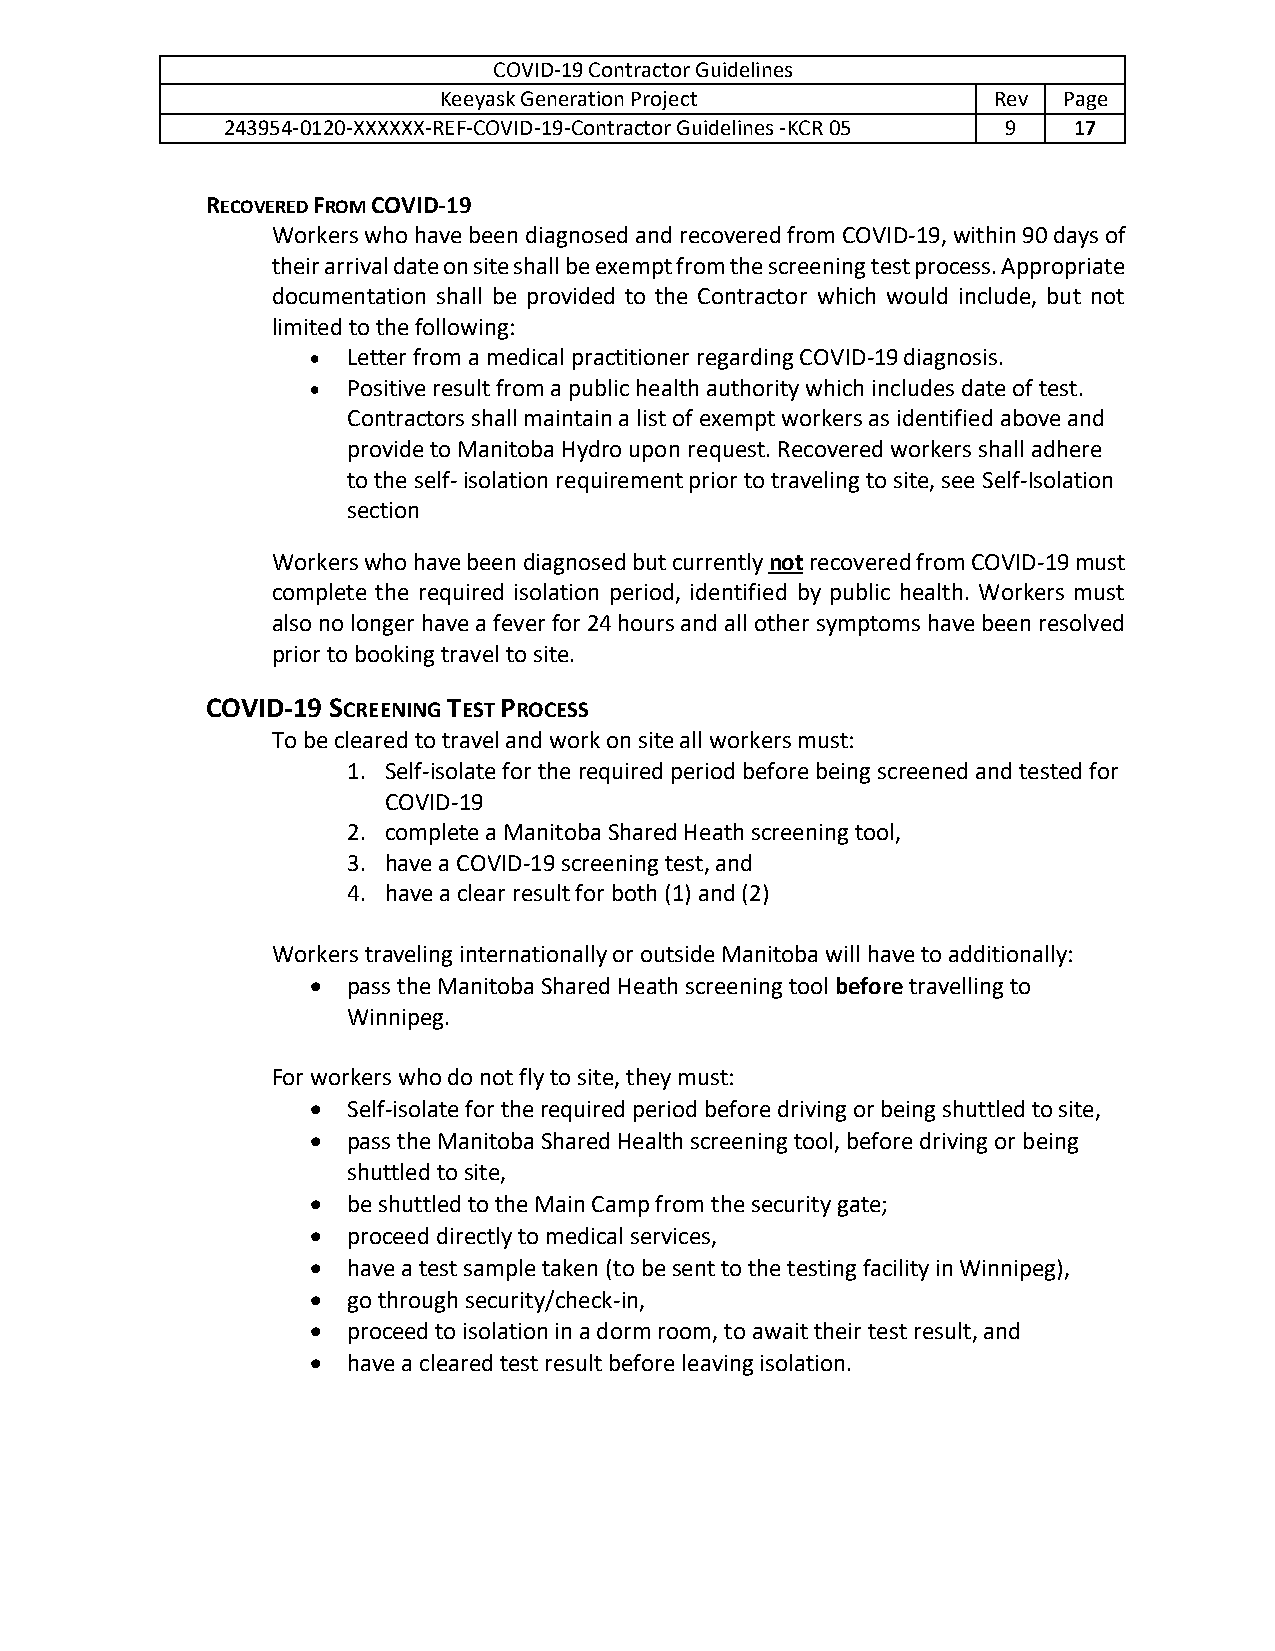
COVID-19 Contractor Guidelines
 Keeyask Generation Project           Rev Page
 243954-0120-XXXXXX-REF-COVID-19-Contractor Guidelines -KCR 05 9 17
 RECOVERED FROM COVID-19
 Workers who have been diagnosed and recovered from COVID-19, within 90 days of
 their arrival date on site shall be exempt from the screening test process. Appropriate
 documentation shall be provided to the Contractor which would include, but not
 limited to the following:
 •  Letter from a medical practitioner regarding COVID-19 diagnosis.
 •  Positive result from a public health authority which includes date of test.
 Contractors shall maintain a list of exempt workers as identified above and
 provide to Manitoba Hydro upon request. Recovered workers shall adhere
 to the self- isolation requirement prior to traveling to site, see Self-Isolation
 section
 Workers who have been diagnosed but currently not recovered from COVID-19 must
 complete the required isolation period, identified by public health. Workers must
 also no longer have a fever for 24 hours and all other symptoms have been resolved
 prior to booking travel to site.
 COVID-19 SCREENING TEST PROCESS
 To be cleared to travel and work on site all workers must:
 1. Self-isolate for the required period before being screened and tested for
 COVID-19
 2. complete a Manitoba Shared Heath screening tool,
 3. have a COVID-19 screening test, and
 4. have a clear result for both (1) and (2)
 Workers traveling internationally or outside Manitoba will have to additionally:
 •  pass the Manitoba Shared Heath screening tool before travelling to
 Winnipeg.
 For workers who do not fly to site, they must:
 •  Self-isolate for the required period before driving or being shuttled to site,
 •  pass the Manitoba Shared Health screening tool, before driving or being
 shuttled to site,
 •  be shuttled to the Main Camp from the security gate;
 •  proceed directly to medical services,
 •  have a test sample taken (to be sent to the testing facility in Winnipeg),
 •  go through security/check-in,
 •  proceed to isolation in a dorm room, to await their test result, and
 •  have a cleared test result before leaving isolation.